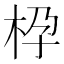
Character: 𱣌